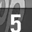
Digit: 5